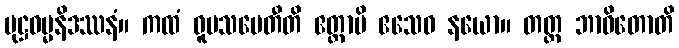
ပုဋ္ဌဓမ္မနိဒဿနံ။ ကထံ ဝူပသမေတီတိ ဧတ္ထာပိ ဧသေဝ နယော။ တတ္ထ ဘာဝိတောတိ